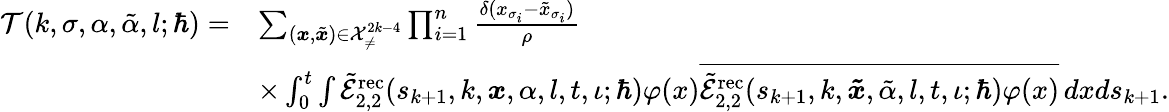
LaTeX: \begin{array}{rl}{\mathcal{T}(k,\sigma,\alpha,\tilde{\alpha},l;\hbar)=}&{\sum_{(\boldsymbol{x},\tilde{\boldsymbol{x}})\in\mathcal{X}_{\neq}^{2k-4}}\prod_{i=1}^{n}\frac{\delta(x_{\sigma_{i}}-\tilde{x}_{\sigma_{i}})}{\rho}}\\ &{\times\int_{0}^{t}\int\tilde{\mathcal{E}}_{2,2}^{\mathrm{rec}}(s_{k+1},k,\boldsymbol{x},\alpha,l,t,\iota;\hbar)\varphi(x)\overline{{\tilde{\mathcal{E}}_{2,2}^{\mathrm{rec}}(s_{k+1},k,\boldsymbol{\tilde{x}},\tilde{\alpha},l,t,\iota;\hbar)\varphi(x)}}\, dxds_{k+1}.}\end{array}